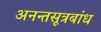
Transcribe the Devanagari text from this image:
अनन्तसूत्रबांध